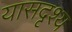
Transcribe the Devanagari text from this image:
यासदृश्य